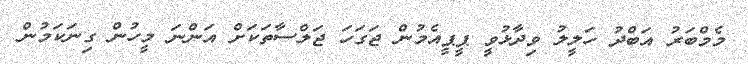
މެމްބަރު އަބްދު ހަލީލު ވިދާޅުވީ ޕީޕީއެމުން ޖަގަހަ ޖަލްސާތަކަށް އަންނަ މީހުން ގިނަކަމުން